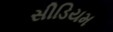
સીડિયમ